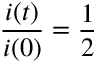
\frac { i ( t ) } { i ( 0 ) } = \frac { 1 } { 2 }